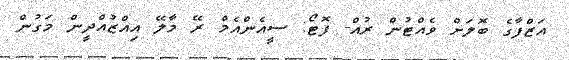
އަޒްފާގެ ބޮލަށް ވެއްޓުން ރުއް- ފޮޓޯ: ސީއެންއެމް ރޭ މާލޭ އިއްޒުއްދީން މަގުން